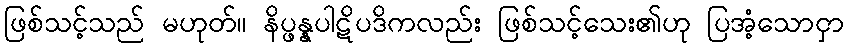
ဖြစ်သင့်သည် မဟုတ်။ နိပ္ဖန္နပါဋိပဒိကလည်း ဖြစ်သင့်သေး၏ဟု ပြအံ့သောငှာ